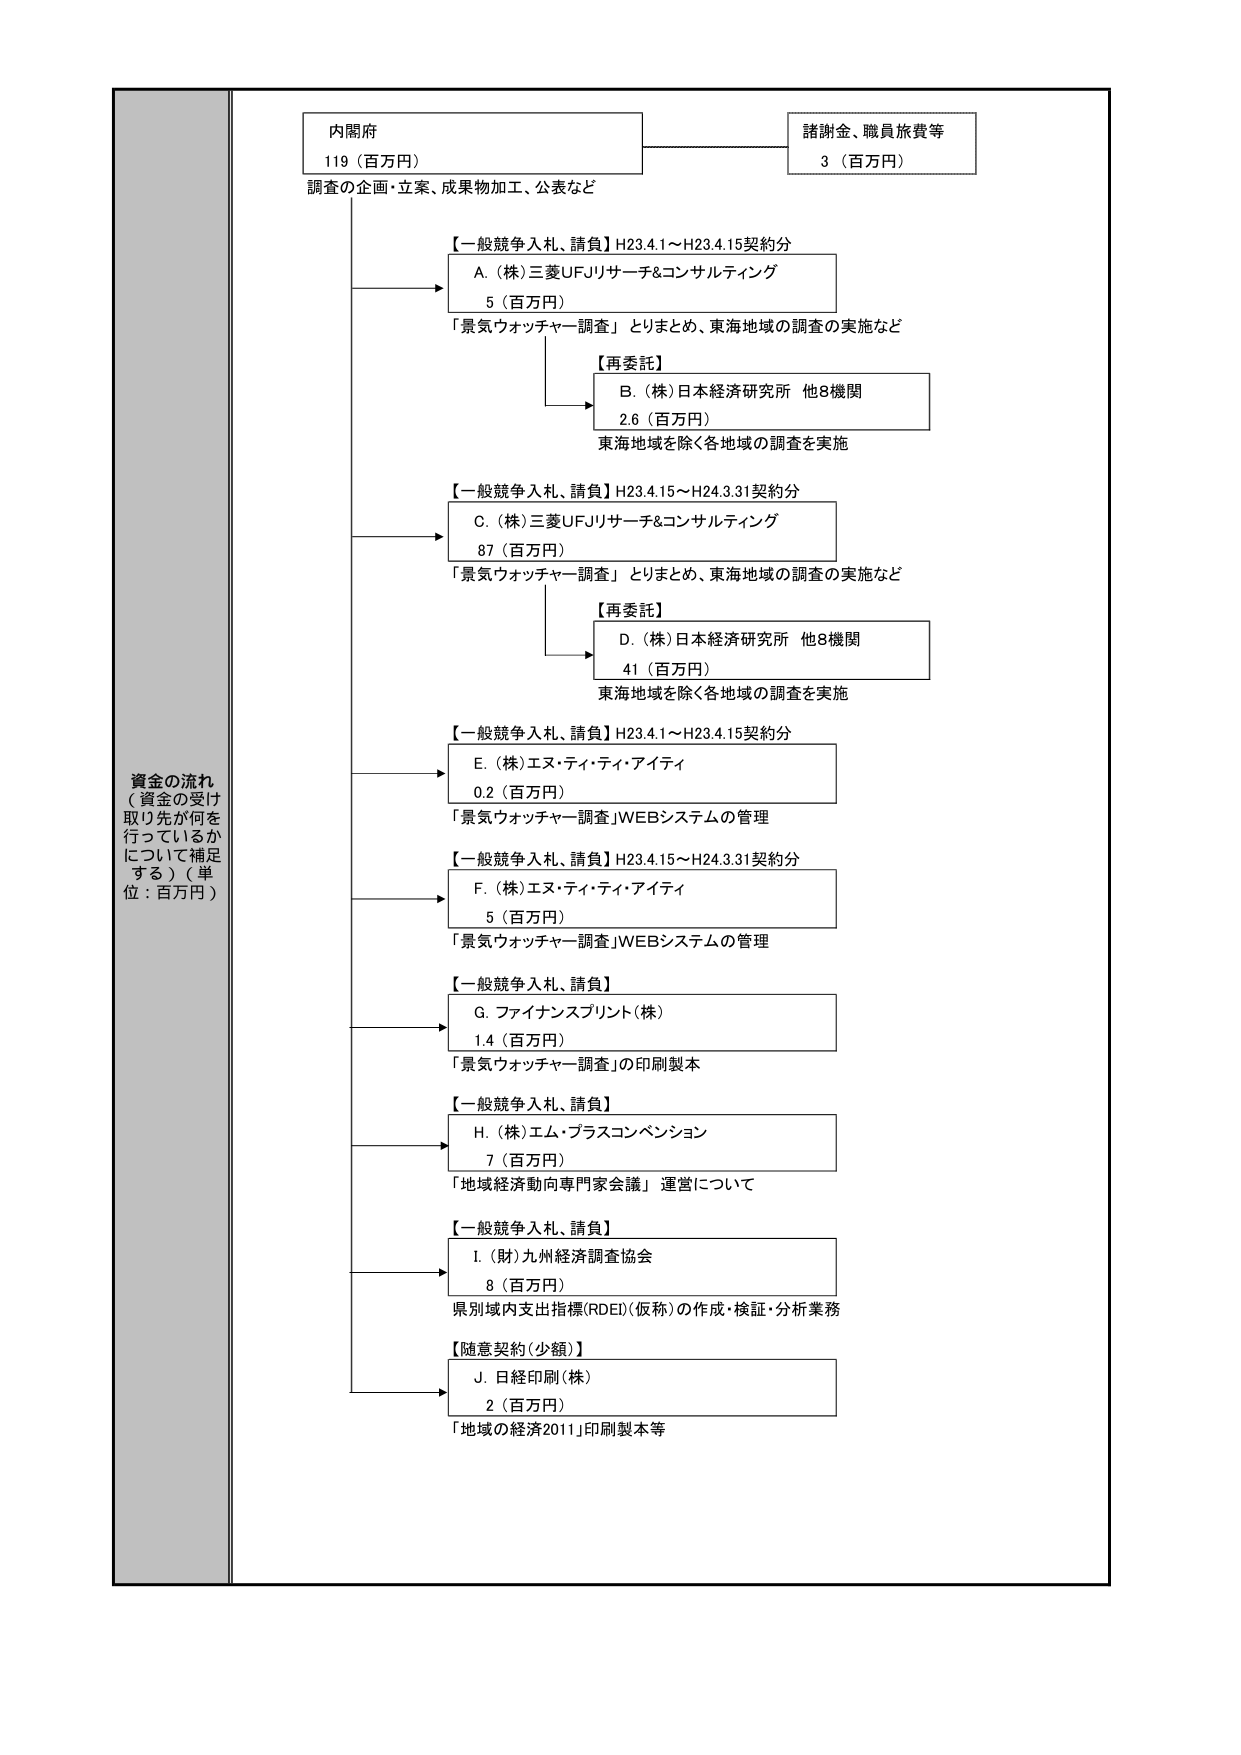
資金の流れ
（資金の受け取り先が何を行っているかについて補足する）（単位：百万円）

内閣府
119（百万円）
調査の企画・立案、成果物加工、公表など

諸謝金、職員旅費等
3（百万円）

【一般競争入札、請負】H23.4.1～H23.4.15契約分
A.（株）三菱UFJリサーチ&コンサルティング
5（百万円）
「景気ウォッチャー調査」とりまとめ、東海地域の調査の実施など

【再委託】
B.（株）日本経済研究所 他8機関
2.6（百万円）
東海地域を除く各地域の調査を実施

【一般競争入札、請負】H23.4.15～H24.3.31契約分
C.（株）三菱UFJリサーチ&コンサルティング
87（百万円）
「景気ウォッチャー調査」とりまとめ、東海地域の調査の実施など

【再委託】
D.（株）日本経済研究所 他8機関
41（百万円）
東海地域を除く各地域の調査を実施

【一般競争入札、請負】H23.4.1～H23.4.15契約分
E.（株）エヌ・ティ・ティ・アイティ
0.2（百万円）
「景気ウォッチャー調査」WEBシステムの管理

【一般競争入札、請負】H23.4.15～H24.3.31契約分
F.（株）エヌ・ティ・ティ・アイティ
5（百万円）
「景気ウォッチャー調査」WEBシステムの管理

【一般競争入札、請負】
G. ファイナンスプリント（株）
1.4（百万円）
「景気ウォッチャー調査」の印刷製本

【一般競争入札、請負】
H.（株）エム・プラスコンベンション
7（百万円）
「地域経済動向専門家会議」運営について

【一般競争入札、請負】
I.（財）九州経済調査協会
8（百万円）
県別域内支出指標(RDEI)(仮称)の作成・検証・分析業務

【随意契約（少額）】
J. 日経印刷（株）
2（百万円）
「地域の経済2011」印刷製本等